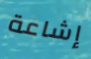
إشاعة